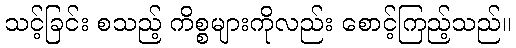
သင့်ခြင်း စသည့် ကိစ္စများကိုလည်း စောင့်ကြည့်သည်။